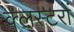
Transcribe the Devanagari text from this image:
क्लस्टरों